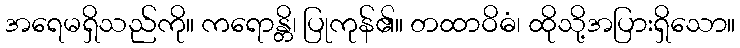
အရေမရှိသည်ကို။ ကရောန္တိ၊ ပြုကုန်၏။ တထာဝိဓံ၊ ထိုသို့အပြားရှိသော။